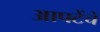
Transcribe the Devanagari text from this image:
आपटेंचे